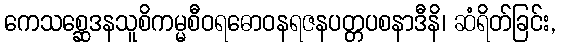
ကေသစ္ဆေဒနသူစိကမ္မစီဝရဓောဝနရဇနပတ္တပစနာဒီနိ၊ ဆံရိတ်ခြင်း,